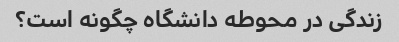
زندگی در محوطه دانشگاه چگونه است؟